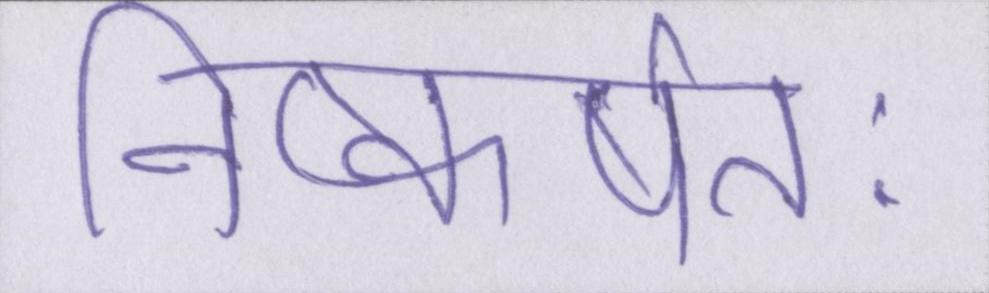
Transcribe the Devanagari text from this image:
निष्कर्षतः